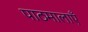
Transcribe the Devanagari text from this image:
पाठमालाएँ